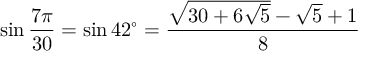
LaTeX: \sin { \frac { 7 \pi } { 3 0 } } = \sin 4 2 ^ { \circ } = { \frac { { \sqrt { 3 0 + 6 { \sqrt { 5 } } } } - { \sqrt { 5 } } + 1 } { 8 } }